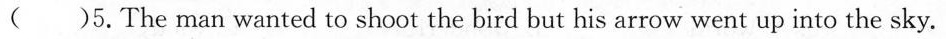
( )5.The man wanted to shoot the bird but his arrow went up into the sky.